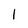
Character: I